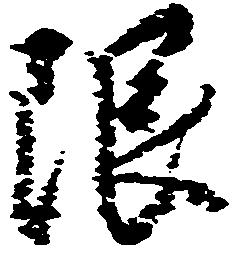
限